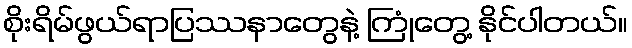
စိုးရိမ်ဖွယ်ရာပြဿနာတွေနဲ့ ကြုံတွေ့ နိုင်ပါတယ်။